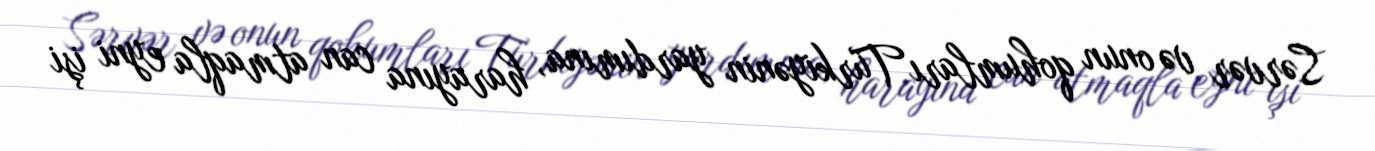
Sərvər və onun qohumları Türkiyənin yardımına, harayına can atmaqla eyni işi